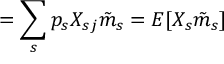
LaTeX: = \sum _ { s } p _ { s } X _ { s j } { \tilde { m } } _ { s } = E [ X _ { s } { \tilde { m } } _ { s } ]